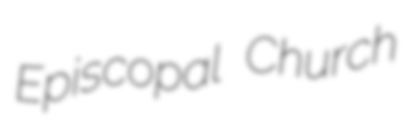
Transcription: Episcopal Church